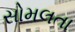
સોમલતા